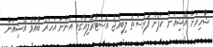
ޝާހިރަށް އޭޝިއަން ކަޕުން ފުރުސަތު ލިބިއްޖެ އޮސްޓްރޭލިއާގައި އަންނަ އަހަރު ބާއްވާ އޭޝިއަން